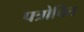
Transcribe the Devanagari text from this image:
पत्रोचित